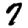
Digit: 7